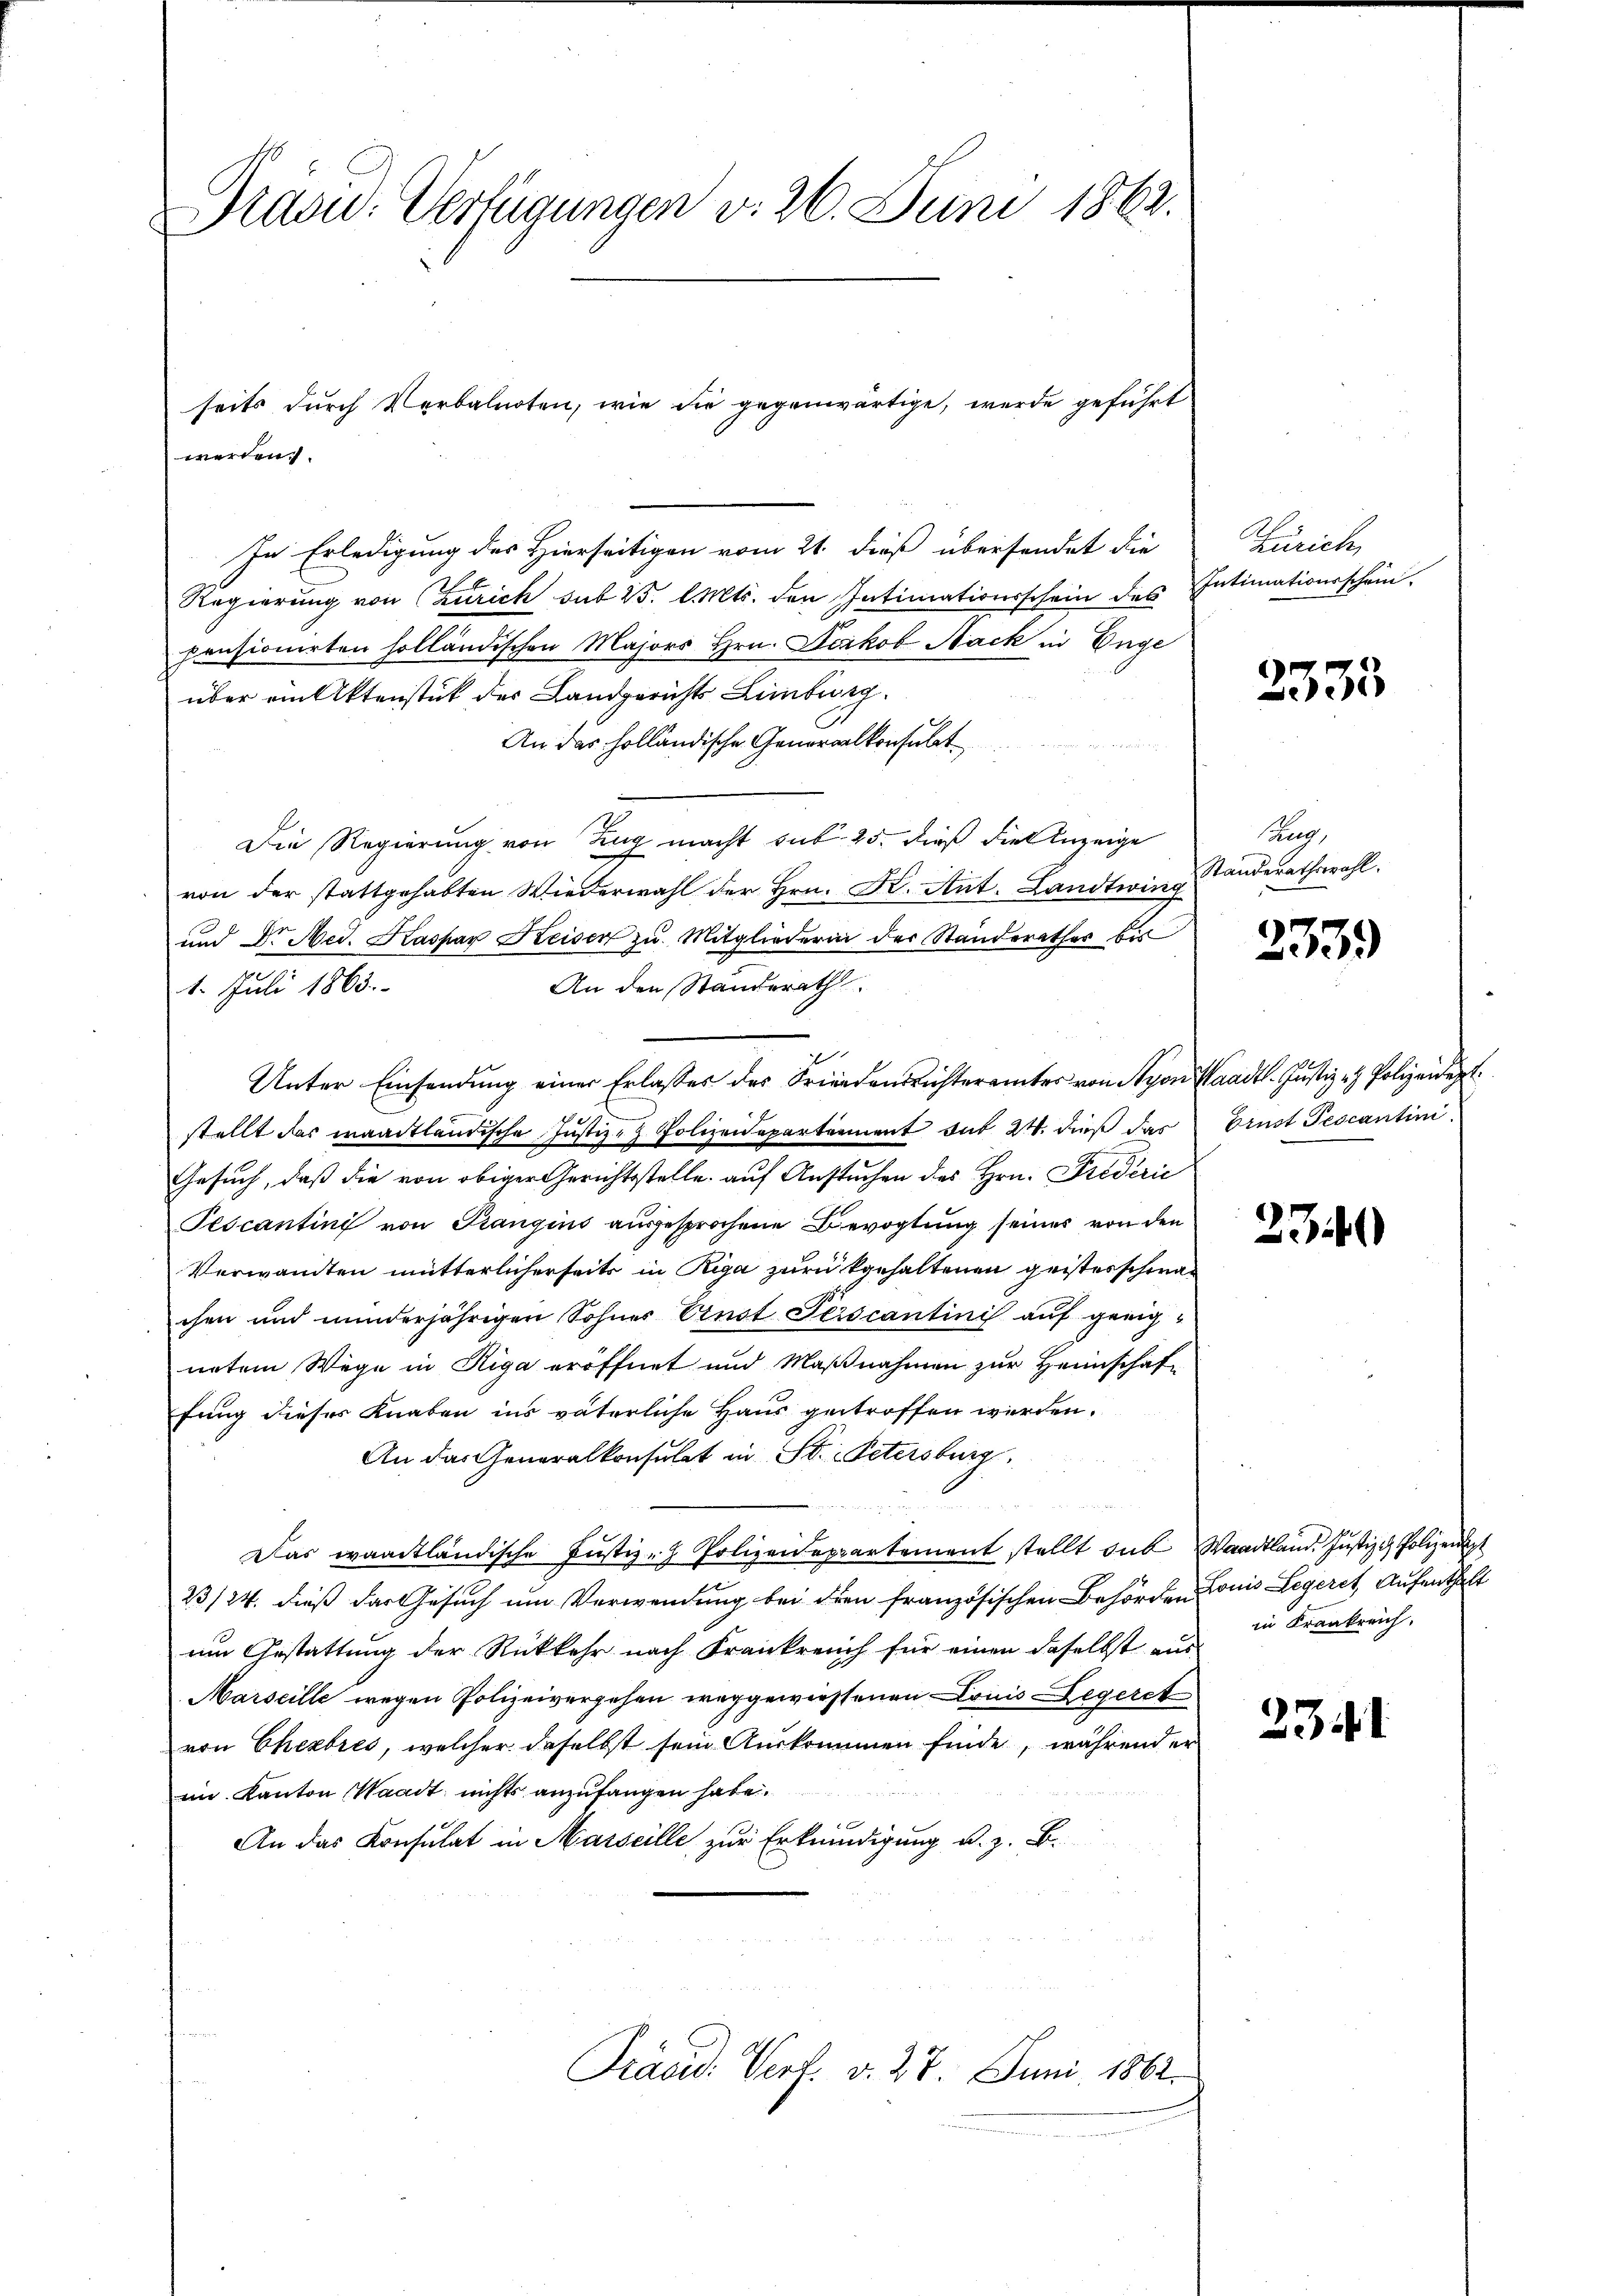
Draou: Verfügungen v. 26. Juni 1862.

seits durch Verbalnoten, wie die gegenwärtige, werde geführt
werden.

In Erledigung des Hierseitigen vom 21. dieß übersendet die
Regierung von Zürich sub 23. l. Mts. den Intimationsschein des Intimationsschein.
pensionirten holländischen Majors Hrn. Ferkob Nack in Enge
über ein Aktenstück des Landgerichts Limburg.
An das holländische Generalkonsulat
Die Regierung von Zug macht sub. 25. dieß die Anzeige
von der stattgehabten Wiederwahl der Hrn. Kr. Ant. Landtwing
ŭnd Dr. Med. Kaspar Keisen zŭ Mitgliederin der Standerathes bis
An den Standerath
1. Juli 1863.
Unter Einsendung einer Erlasses des Friedensrichterämter von Nyon Waadt. Justiz - Polizeident
stellt das waadtländische Justiz- & Polizeidepartement das 24. dieß das Ernst Pescantini
Gesuch, daß die von obiger Gerichtsstelle auf Anstuchen des Hrn. Friderić
Pescantini von Prangins ausgesprochene Bevogtung seines von den
Verwandten mütterlicherseits in Riga zurükgehaltenen geisterschwachen und minderjährigen Sohnes Ernst Perscantini auf geeignetem Wege in Riga eröffnet und Maßnahmen zur Heimschaf-
fung dieses Knaben ins väterliche Haus getroffen werden.
An das Generalkonsulat in St. Petersburg
Das waadtländische Justiz- & Polizeidepartement stellt aus Waadtland. Justiz & Polizeipt
23/24. dieß das Gesuch um Verwendung bei drei französischen Behörden Louis Legeret, Aufenthalt
um Gestattung der Rückkehr nach Frankreich für einen daselbst aus
Marseille wegen Polizeivergehen weggewiessenen Louis Legeret
von Cherbres, welcher daselbst sein Auskommen finde, während er
im Kanton Waadt nichts anzufangen habe.
An das Konsulat in Marseille zur Erkundigung u. z. B.
Präsid. Verl. v. 27. Juni 1862.

Zürich,

2333

Bareg
Standerathswahl.

)
539

2340

in Krankreich.

2341